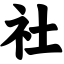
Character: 社